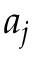
a _ { j }